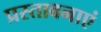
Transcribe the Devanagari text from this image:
प्रस्तावनाएं